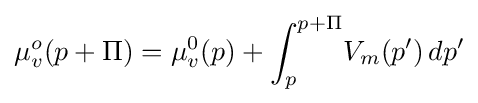
\mu _{v}^{o}(p+\Pi )=\mu _{v}^{0}(p)+\int _{p}^{p+\Pi }\!V_{m}(p')\,dp'